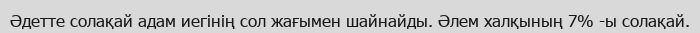
Әдетте солақай адам иегінің сол жағымен шайнайды. Әлем халқының 7% -ы солақай.